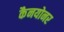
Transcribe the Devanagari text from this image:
कैनयोनर